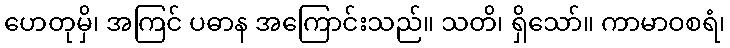
ဟေတုမှိ၊ အကြင် ပဓာန အကြောင်းသည်။ သတိ၊ ရှိသော်။ ကာမာဝစရံ၊